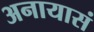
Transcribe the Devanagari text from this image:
अनायासं